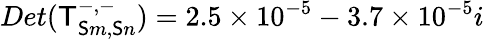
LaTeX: Det(\mathsf{T}_{\mathsf{S}m,\mathsf{S}n}^{-,-})=2.5\times10^{-5}-3.7\times10^{-5}i